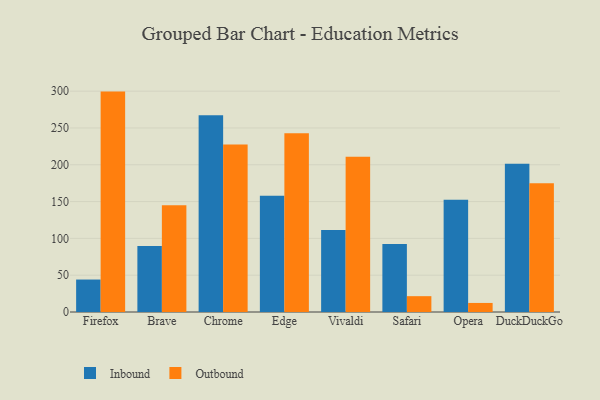
{"axis": {"x": "Browser", "y": "Demand Index"}, "legend": ["Inbound", "Outbound"], "data": [{"x": "Firefox", "y": 44.1, "type": "Inbound"}, {"x": "Firefox", "y": 299.4, "type": "Outbound"}, {"x": "Brave", "y": 89.8, "type": "Inbound"}, {"x": "Brave", "y": 144.9, "type": "Outbound"}, {"x": "Chrome", "y": 267.2, "type": "Inbound"}, {"x": "Chrome", "y": 227.5, "type": "Outbound"}, {"x": "Edge", "y": 157.9, "type": "Inbound"}, {"x": "Edge", "y": 242.8, "type": "Outbound"}, {"x": "Vivaldi", "y": 111.3, "type": "Inbound"}, {"x": "Vivaldi", "y": 210.8, "type": "Outbound"}, {"x": "Safari", "y": 92.4, "type": "Inbound"}, {"x": "Safari", "y": 21.5, "type": "Outbound"}, {"x": "Opera", "y": 152.6, "type": "Inbound"}, {"x": "Opera", "y": 12.3, "type": "Outbound"}, {"x": "DuckDuckGo", "y": 201.3, "type": "Inbound"}, {"x": "DuckDuckGo", "y": 175.0, "type": "Outbound"}]}